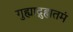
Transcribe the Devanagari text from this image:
गुह्याद्गुह्यतमं